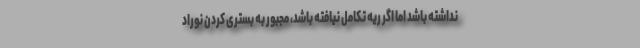
نداشته باشد اما اگر ریه تکامل نیافته باشد، مجبور به بستری کردن نوراد